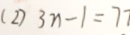
( 2 ) 3 n - 1 = 7 7